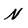
Character: N